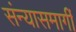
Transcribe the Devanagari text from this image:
संन्यासमार्गी